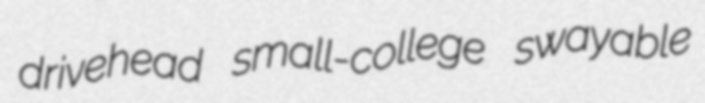
drivehead small-college swayable